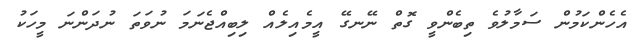
އެހެންކަމުން ސަމާލުވެ ތިބެންވީ ގޮތް ނޭނގޭ އީމެއިލެއް ލިބިއްޖެނަމަ ނުވަތަ ނުދަންނަ މީހަކު